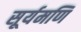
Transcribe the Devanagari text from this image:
सूर्यमणि